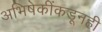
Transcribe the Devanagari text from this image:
अभिषेकींकडूनही